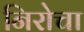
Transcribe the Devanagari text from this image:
निरोचा